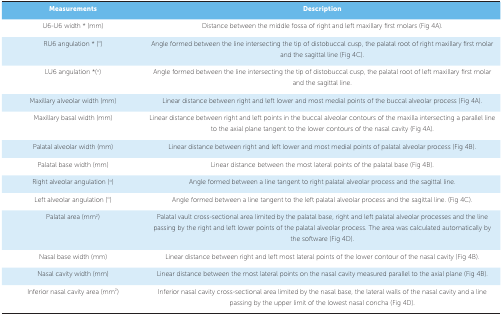
| Measurements | Description |
 | --- | --- |
 | U6-U6 width * (mm) | Distance between the middle fossa of right andleft maxillary first molars (Fig 4A). |
 | RU6 angulation * (o) | Angle formed between the line intersecting thetip of distobuccal cusp, the palatal root of right maxillary first molarand the sagittal line (Fig 4C). |
 | LU6 angulation *(o) | Angle formed between the line intersecting thetip of distobuccal cusp, the palatal root of left maxillary first molarand the sagittal line. |
 | Maxillary alveolar width (mm) | Linear distance between right and left lowerand most medial points of the buccal alveolar process (Fig 4A). |
 | Maxillary basal width (mm) | Linear distance between right and left pointsin the buccal alveolar contours of the maxilla intersecting a parallelline to the axial plane tangent to the lower contours of the nasal cavity(Fig 4A). |
 | Palatal alveolar width (mm) | Linear distance between right and left lowerand most medial points of palatal alveolar process (Fig 4B). |
 | Palatal base width (mm) | Linear distance between the most lateral pointsof the palatal base (Fig 4B). |
 | Right alveolar angulation (o) | Angle formed between a line tangent to rightpalatal alveolar process and the sagittal line. |
 | Left alveolar angulation (o) | Angle formed between a line tangent to the leftpalatal alveolar process and the sagittal line. (Fig 4C). |
 | Palatal area (mm2) | Palatal vault cross-sectional area limited bythe palatal base, right and left palatal alveolar processes and the linepassing by the right and left lower points of the palatal alveolarprocess. The area was calculated automatically by the software (Fig4D). |
 | Nasal base width (mm) | Linear distance between right and left mostlateral points of the lower contour of the nasal cavity (Fig 4B). |
 | Nasal cavity width (mm) | Linear distance between the most lateral pointson the nasal cavity measured parallel to the axial plane (Fig 4B). |
 | Inferior nasal cavity area(mm2) | Inferior nasal cavity cross-sectional arealimited by the nasal base, the lateral walls of the nasal cavity and aline passing by the upper limit of the lowest nasal concha (Fig 4D). |